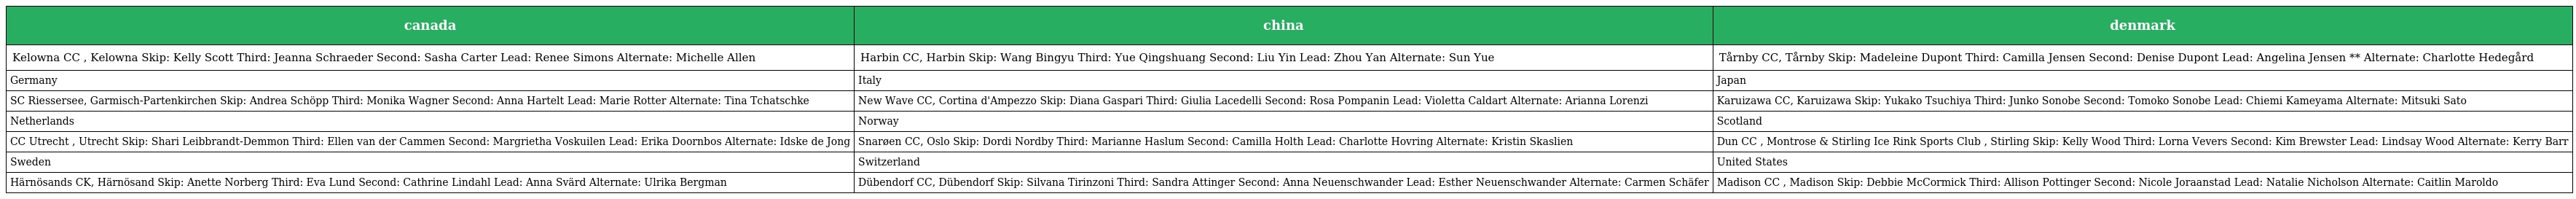
| canada | china | denmark |
 | --- | --- | --- |
 | Kelowna CC , Kelowna Skip: Kelly Scott Third: Jeanna Schraeder Second: Sasha Carter Lead: Renee Simons Alternate: Michelle Allen | Harbin CC, Harbin Skip: Wang Bingyu Third: Yue Qingshuang Second: Liu Yin Lead: Zhou Yan Alternate: Sun Yue | Tårnby CC, Tårnby Skip: Madeleine Dupont Third: Camilla Jensen Second: Denise Dupont Lead: Angelina Jensen ** Alternate: Charlotte Hedegård |
 | Germany | Italy | Japan |
 | SC Riessersee, Garmisch-Partenkirchen Skip: Andrea Schöpp Third: Monika Wagner Second: Anna Hartelt Lead: Marie Rotter Alternate: Tina Tchatschke | New Wave CC, Cortina d'Ampezzo Skip: Diana Gaspari Third: Giulia Lacedelli Second: Rosa Pompanin Lead: Violetta Caldart Alternate: Arianna Lorenzi | Karuizawa CC, Karuizawa Skip: Yukako Tsuchiya Third: Junko Sonobe Second: Tomoko Sonobe Lead: Chiemi Kameyama Alternate: Mitsuki Sato |
 | Netherlands | Norway | Scotland |
 | CC Utrecht , Utrecht Skip: Shari Leibbrandt-Demmon Third: Ellen van der Cammen Second: Margrietha Voskuilen Lead: Erika Doornbos Alternate: Idske de Jong | Snarøen CC, Oslo Skip: Dordi Nordby Third: Marianne Haslum Second: Camilla Holth Lead: Charlotte Hovring Alternate: Kristin Skaslien | Dun CC , Montrose & Stirling Ice Rink Sports Club , Stirling Skip: Kelly Wood Third: Lorna Vevers Second: Kim Brewster Lead: Lindsay Wood Alternate: Kerry Barr |
 | Sweden | Switzerland | United States |
 | Härnösands CK, Härnösand Skip: Anette Norberg Third: Eva Lund Second: Cathrine Lindahl Lead: Anna Svärd Alternate: Ulrika Bergman | Dübendorf CC, Dübendorf Skip: Silvana Tirinzoni Third: Sandra Attinger Second: Anna Neuenschwander Lead: Esther Neuenschwander Alternate: Carmen Schäfer | Madison CC , Madison Skip: Debbie McCormick Third: Allison Pottinger Second: Nicole Joraanstad Lead: Natalie Nicholson Alternate: Caitlin Maroldo |